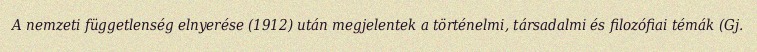
A nemzeti függetlenség elnyerése (1912) után megjelentek a történelmi, társadalmi és filozófiai témák (Gj.